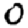
Digit: 0